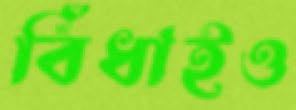
বিঁধাইও